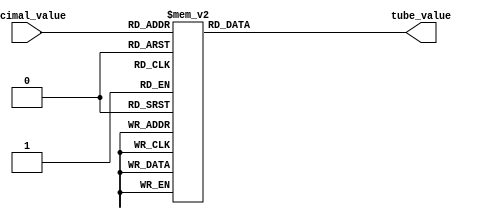
module TubeDecoder(
	decimal_value,
	tube_value
);
	input [3:0] decimal_value;
	output [7:0] tube_value;
	reg [7:0] tube_value;
	always @(decimal_value)
		begin
		    case(decimal_value)
			     0:tube_value<=8'b00111111;
				 1:tube_value<=8'b00000110;
				 2:tube_value<=8'b01011011;
				 3:tube_value<=8'b01001111;
				 4:tube_value<=8'b01100110;
				 5:tube_value<=8'b01101101;
				 6:tube_value<=8'b01111101;
				 7:tube_value<=8'b00000111;
				 8:tube_value<=8'b01111111;
				 9:tube_value<=8'b01101111;
				 default:tube_value<=8'b00000000;
			endcase
		end
endmodule